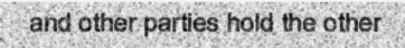
and other parties hold the other